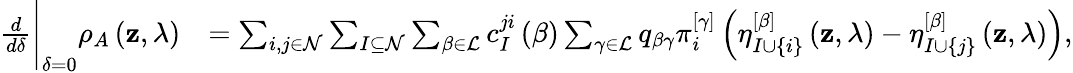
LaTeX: \begin{array}{rl}{\frac{d}{d\delta}\Bigg\vert_{\delta=0}\rho_{A}\left(\mathbf{z},\lambda\right)}&{=\sum_{i,j\in\mathcal{N}}\sum_{I\subseteq\mathcal{N}}\sum_{\beta\in\mathcal{L}}c_{I}^{ji}\left(\beta\right)\sum_{\gamma\in\mathcal{L}}q_{\beta\gamma}\pi_{i}^{\left[\gamma\right]}\left(\eta_{I\cup\left\{ i\right\} }^{\left[\beta\right]}\left(\mathbf{z},\lambda\right)-\eta_{I\cup\left\{ j\right\} }^{\left[\beta\right]}\left(\mathbf{z},\lambda\right)\right),}\end{array}